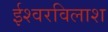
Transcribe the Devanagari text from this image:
ईश्वरविलाश